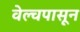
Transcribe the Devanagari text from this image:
वेल्चपासून